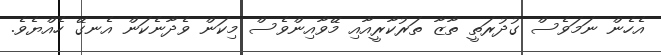
އެހެން ނަމަވެސް ގުދުރަތީ ތާޒާ ތަރުކާރީއާއި މޭވާއިންވެސް މިކަން ވެދާނެކަން އެނގޭ ހެއްޔެވެ.